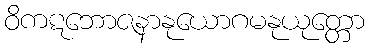
ဝိကဋဘောဇနာနုယောဂမနုယုတ္တော